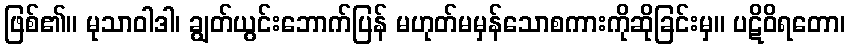
ဖြစ်၏။ မုသာဝါဒါ၊ ချွတ်ယွင်းဘောက်ပြန် မဟုတ်မမှန်သောစကားကိုဆိုခြင်းမှ။ ပဋိဝိရတော၊